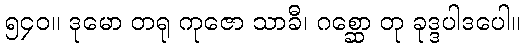
၅၄၀။ ဒုမော တရု ကုဇော သာခီ၊ ဂစ္ဆော တု ခုဒ္ဒပါဒပေါ။